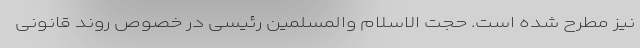
نیز مطرح شده است. حجت الاسلام والمسلمین رئیسی در خصوص روند قانونی